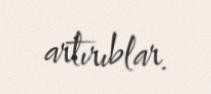
artırıblar.